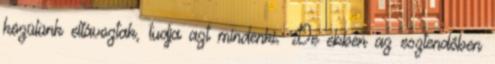
közülünk eltávoztak, tudja azt mindenki. De ebben az esztendőben